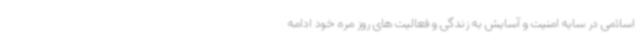
اسلامی در سایه امنیت و آسایش به زندگی و فعالیت های روز مره خود ادامه